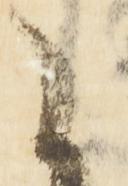
う